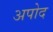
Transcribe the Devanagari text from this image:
अपोद